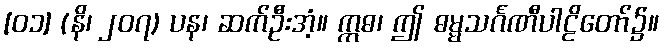
[၀၁] (နိ၊ ၂၀၇) ပန၊ ဆက်ဦးအံ့။ ဣဓ၊ ဤ ဓမ္မသင်္ဂဏီပါဠိတော်၌။